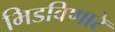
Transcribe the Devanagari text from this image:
भिडविणारे